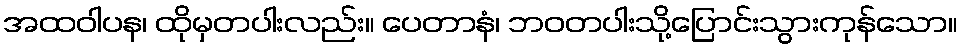
အထဝါပန၊ ထိုမှတပါးလည်း။ ပေတာနံ၊ ဘဝတပါးသို့ပြောင်းသွားကုန်သော။